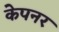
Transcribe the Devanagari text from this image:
केपनर